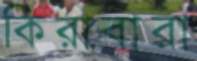
কিরাবারা